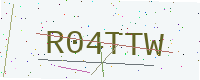
Text: R04TTW